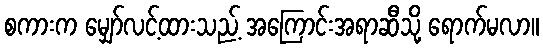
စကားက မျှော်လင့်ထားသည့် အကြောင်းအရာဆီသို့ ရောက်မလာ။